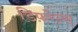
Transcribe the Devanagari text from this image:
डिफ़रेन्स